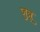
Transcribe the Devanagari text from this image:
जुन्नू